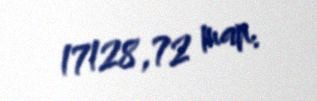
17128,72 man.